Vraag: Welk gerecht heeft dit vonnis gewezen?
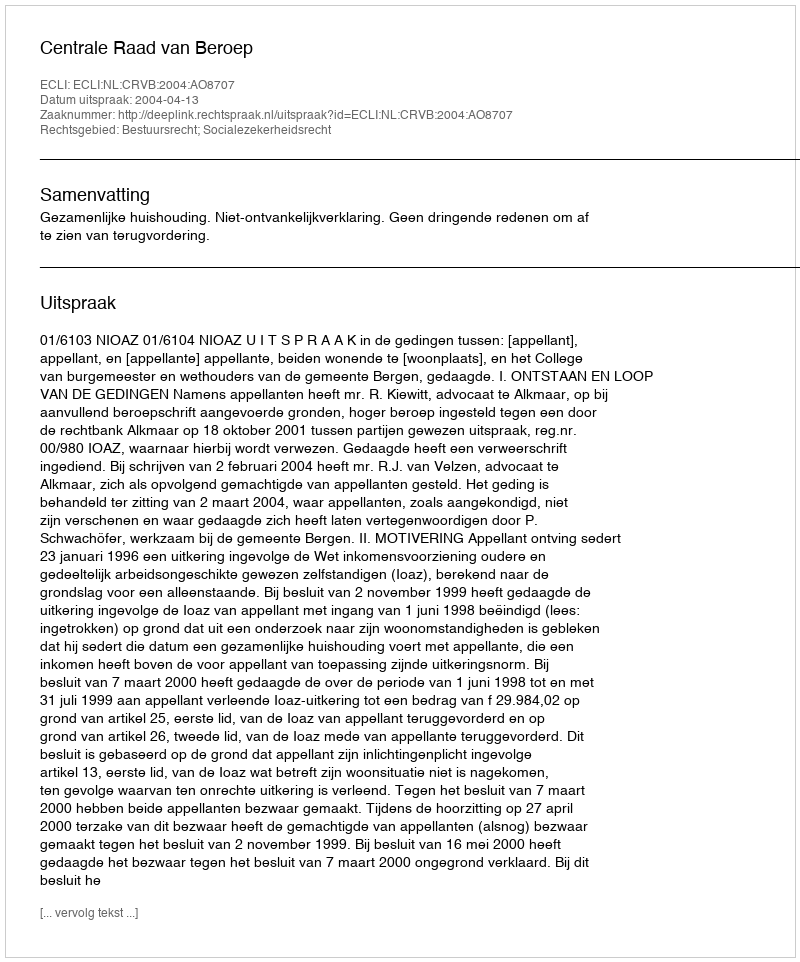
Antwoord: Centrale Raad van Beroep